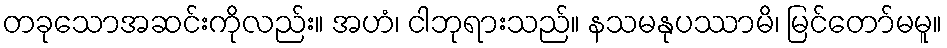
တခုသောအဆင်းကိုလည်း။ အဟံ၊ ငါဘုရားသည်။ နသမနုပဿာမိ၊ မြင်တော်မမူ။